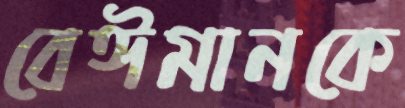
বেঈমানকে